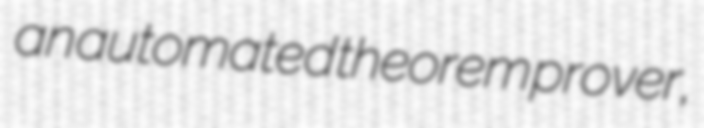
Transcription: an automated theorem prover,